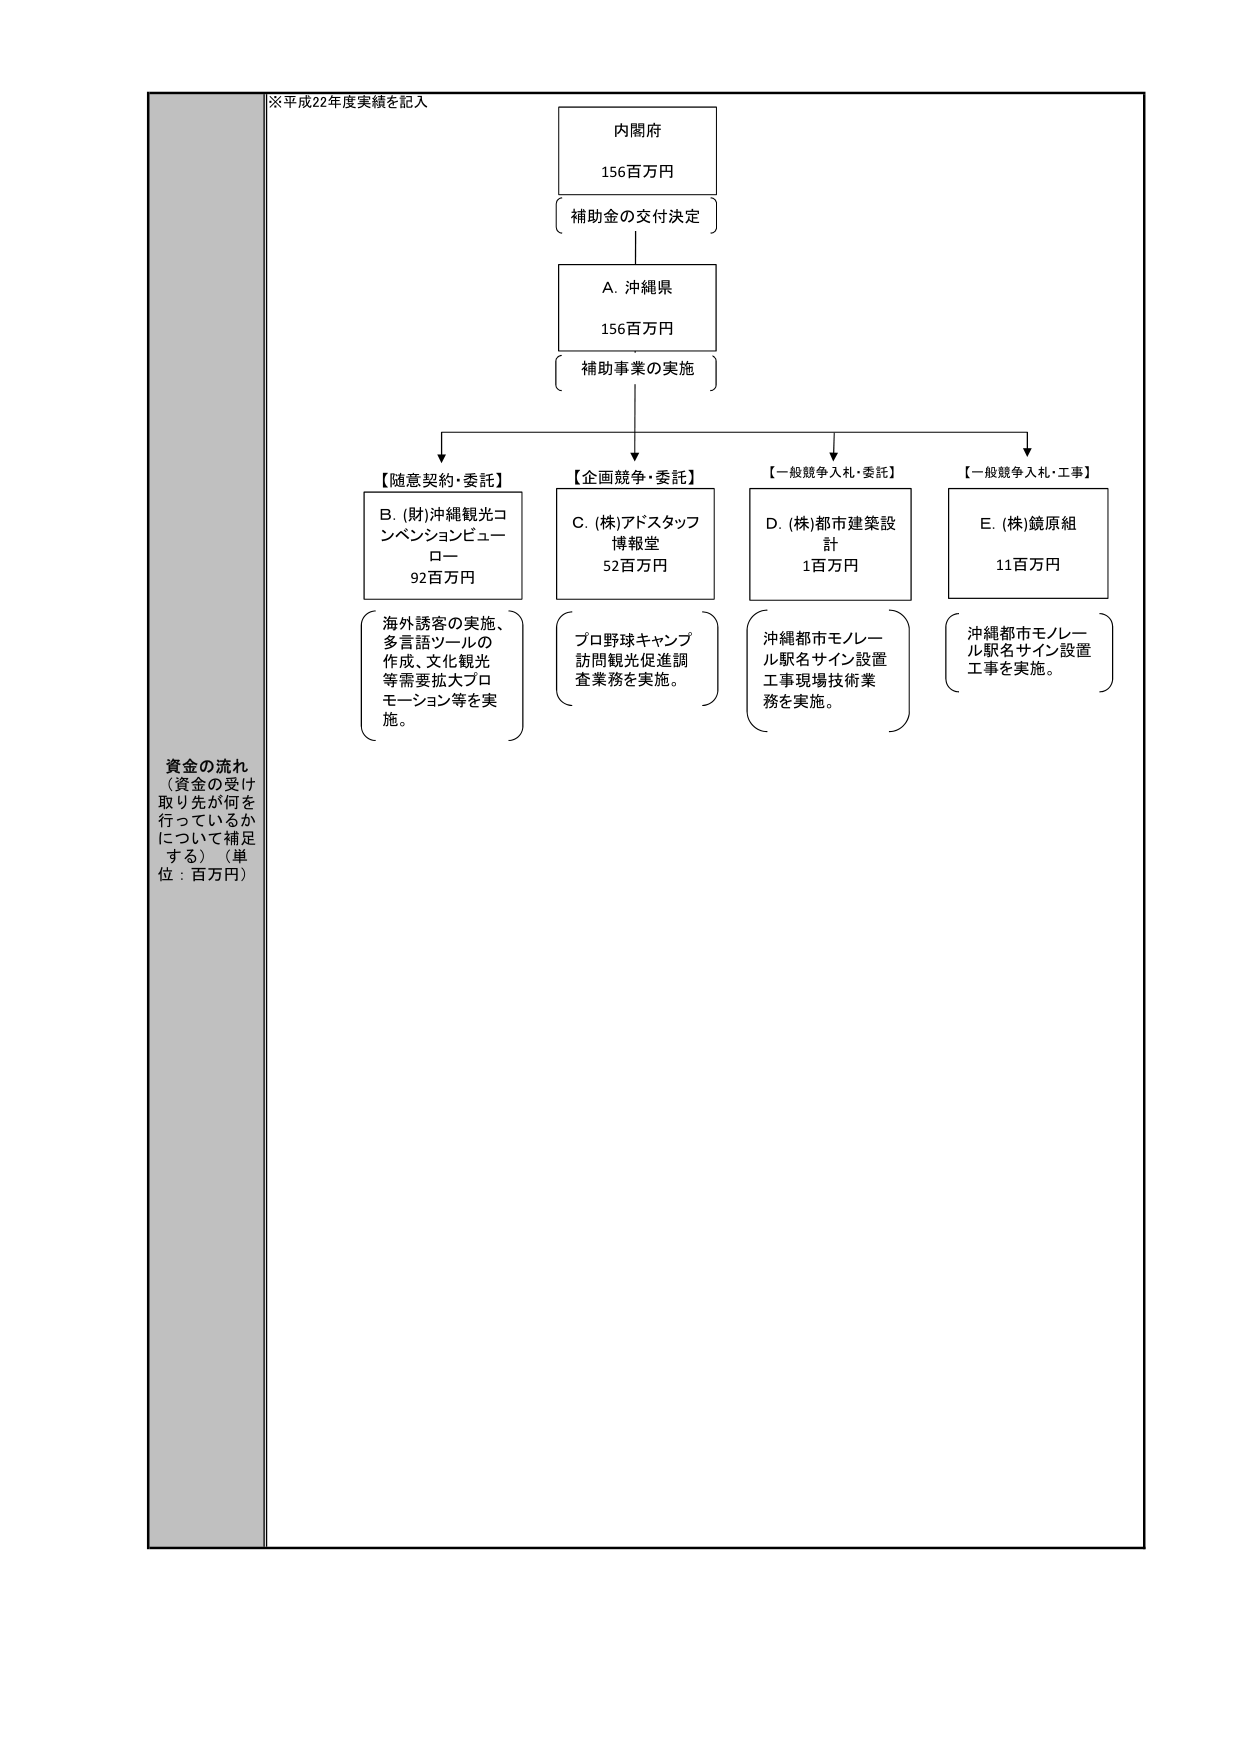
※平成22年度実績を記入

内閣府
156百万円
補助金の交付決定

A. 沖縄県
156百万円
補助事業の実施

【随意契約・委託】
B. (財)沖縄観光コンベンションビューロー
92百万円
海外誘客の実施、
多言語ツールの
作成、文化観光
等需要拡大プロ
モーション等を実
施。

【企画競争・委託】
C. (株)アドスタッフ
博報堂
52百万円
プロ野球キャンプ
訪問観光促進調
査業務を実施。

【一般競争入札・委託】
D. (株)都市建築設計
1百万円
沖縄都市モノレール駅名サイン設置
工事現場技術業務を実施。

【一般競争入札・工事】
E. (株)鏡原組
11百万円
沖縄都市モノレール駅名サイン設置
工事を実施。

資金の流れ
（資金の受け取り先が何を行っているかについて補足する）（単位：百万円）